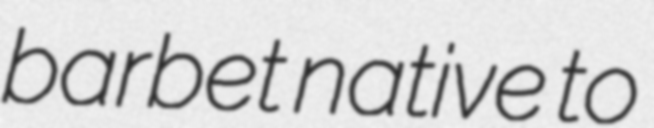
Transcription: barbet native to